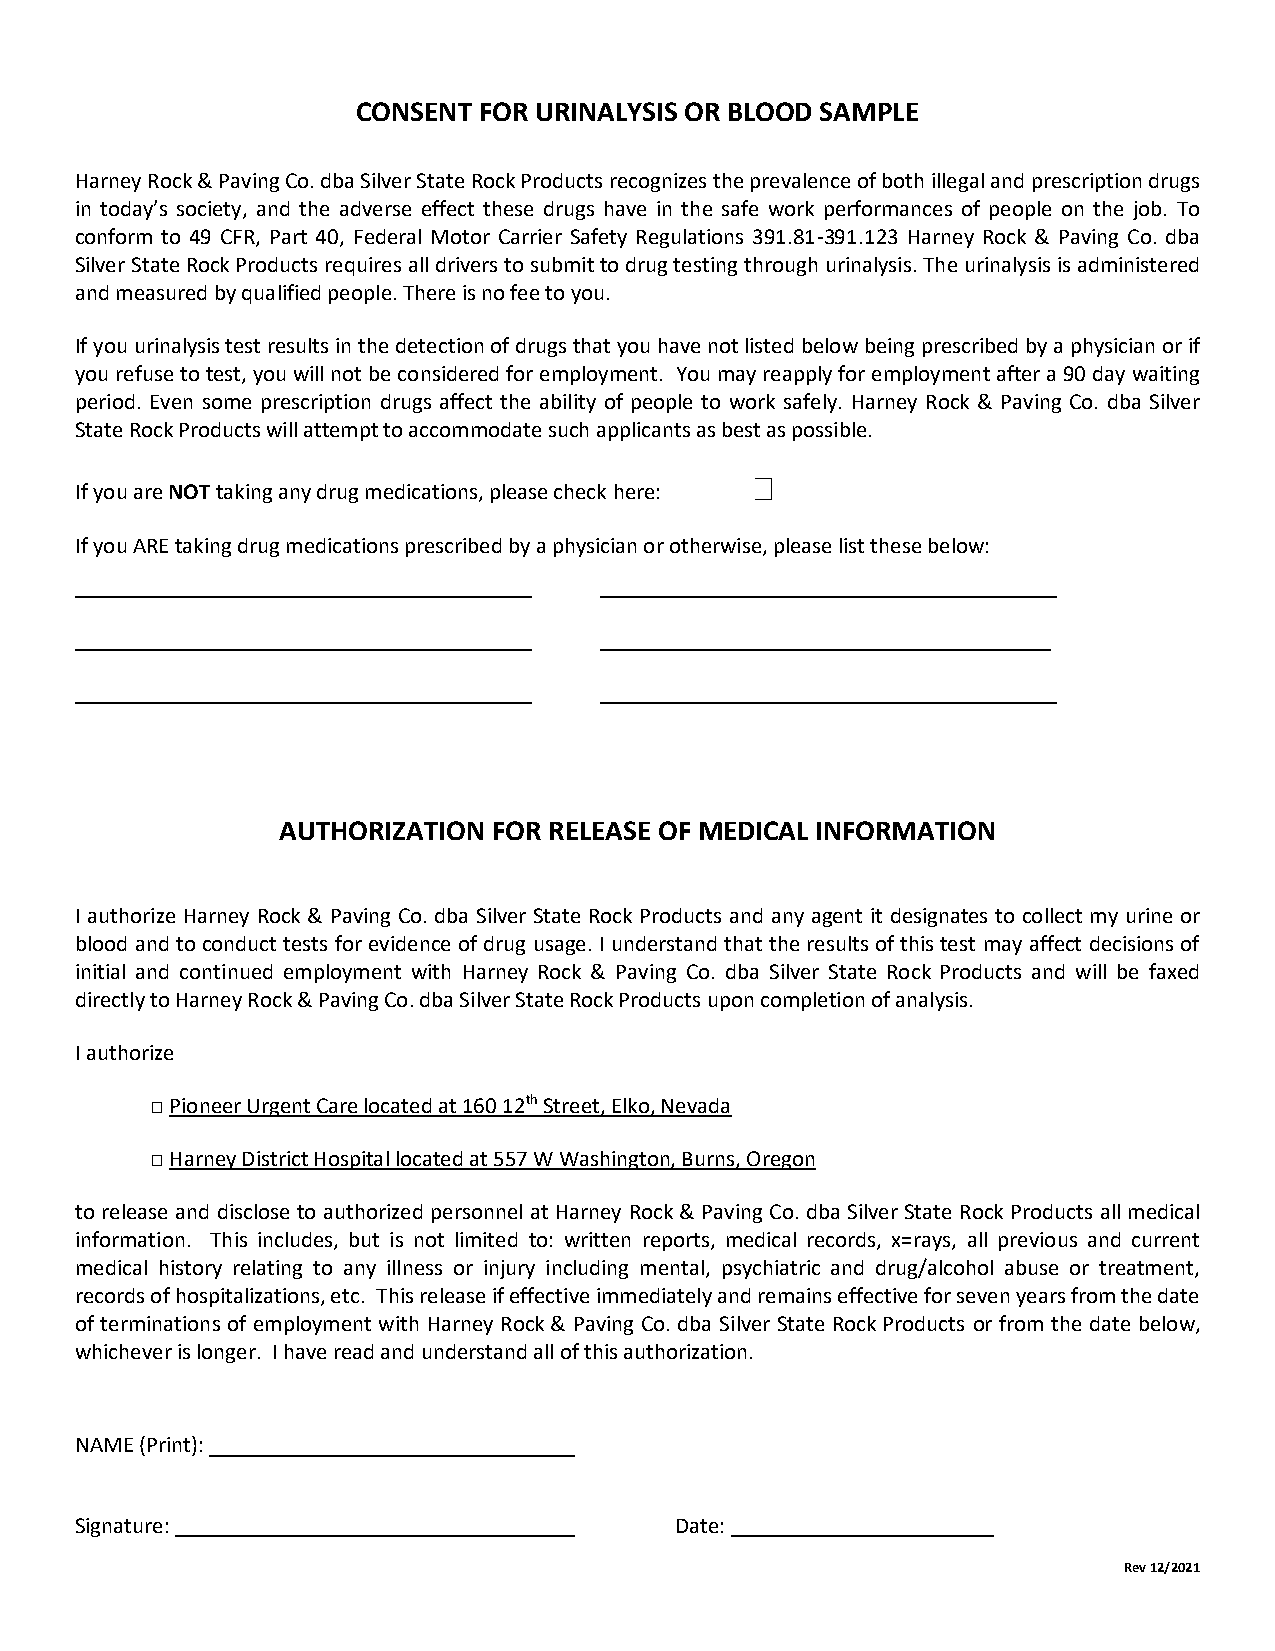
CONSENT FOR URINALYSIS OR BLOOD SAMPLE
 Harney Rock & Paving Co. dba Silver State Rock Products recognizes the prevalence of both illegal and prescription drugs
 in today’s society, and the adverse effect these drugs have in the safe work performances of people on the job. To
 conform to 49 CFR, Part 40, Federal Motor Carrier Safety Regulations 391.81-391.123 Harney Rock & Paving Co. dba
 Silver State Rock Products requires all drivers to submit to drug testing through urinalysis. The urinalysis is administered
 and measured by qualified people. There is no fee to you.
 If you urinalysis test results in the detection of drugs that you have not listed below being prescribed by a physician or if
 you refuse to test, you will not be considered for employment. You may reapply for employment after a 90 day waiting
 period. Even some prescription drugs affect the ability of people to work safely. Harney Rock & Paving Co. dba Silver
 State Rock Products will attempt to accommodate such applicants as best as possible.
 If you are NOT taking any drug medications, please check here:
 If you ARE taking drug medications prescribed by a physician or otherwise, please list these below:
 ________________________________________ ________________________________________
 ________________________________________ _______________________________________
 ________________________________________ ________________________________________
 AUTHORIZATION  FOR RELEASE OF MEDICAL INFORMATION
 I authorize Harney Rock & Paving Co. dba Silver State Rock Products and any agent it designates to collect my urine or
 blood and to conduct tests for evidence of drug usage. I understand that the results of this test may affect decisions of
 initial and continued employment with Harney Rock & Paving Co. dba Silver State Rock Products and will be faxed
 directly to Harney Rock & Paving Co. dba Silver State Rock Products upon completion of analysis.
 I authorize
 □ Pioneer Urgent Care located at 160 12th Street, Elko, Nevada
 □ Harney District Hospital located at 557 W Washington, Burns, Oregon
 to release and disclose to authorized personnel at Harney Rock & Paving Co. dba Silver State Rock Products all medical
 information. This includes, but is not limited to: written reports, medical records, x=rays, all previous and current
 medical history relating to any illness or injury including mental, psychiatric and drug/alcohol abuse or treatment,
 records of hospitalizations, etc. This release if effective immediately and remains effective for seven years from the date
 of terminations of employment with Harney Rock & Paving Co. dba Silver State Rock Products or from the date below,
 whichever is longer. I have read and understand all of this authorization.
 NAME (Print): ________________________________
 Signature: ___________________________________ Date: _______________________
 Rev 12/2021